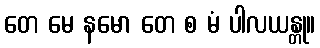
တေ မေ နမော တေ စ မံ ပါလယန္တု။